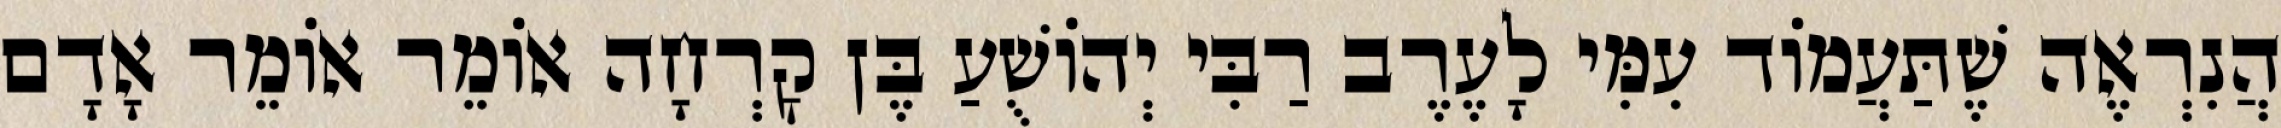
הֲנִרְאֶה שֶׁתַּעֲמוֹד עִמִּי לָעֶרֶב רַבִּי יְהוֹשֻׁעַ בֶּן קׇרְחָה אוֹמֵר אוֹמֵר אָדָם